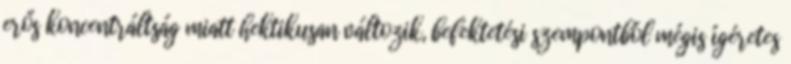
erős koncentráltság miatt hektikusan változik, befektetési szempontból mégis ígéretes